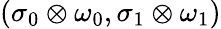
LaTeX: (\sigma_{0}\otimes\omega_{0},\sigma_{1}\otimes\omega_{1})